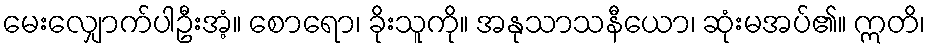
မေးလျှောက်ပါဦးအံ့။ စောရော၊ ခိုးသူကို။ အနုသာသနီယော၊ ဆုံးမအပ်၏။ ဣတိ၊